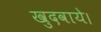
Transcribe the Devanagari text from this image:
खुदवाये।